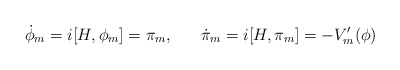
\begin{align*}\dot{\phi}_{m} = i [H,\phi_{m}] = \pi_{m}, \; \; \; \; \; \; \dot{\pi}_{m} = i [H, \pi_{m}] = - V'_{m}(\phi) \end{align*}